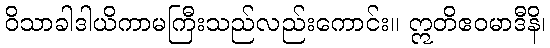
ဝိသာခါဒါယိကာမကြီးသည်လည်းကောင်း။ ဣတိဧဝမာဒီနိ၊